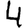
Digit: 4